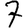
Digit: 7